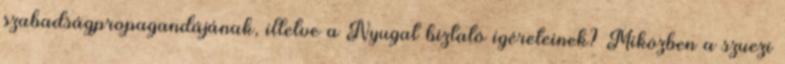
szabadságpropagandájának, illetve a Nyugat biztató ígéreteinek? Miközben a szuezi